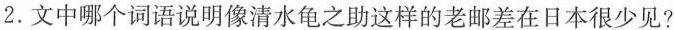
2. 文中哪个词语说明像清水龟之助这样的老邮差在日本很少见?